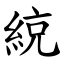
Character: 綂